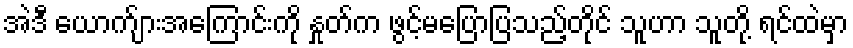
အဲဒီ ယောက်ျားအကြောင်းကို နှုတ်က ဖွင့်မပြောပြသည့်တိုင် သူဟာ သူတို့ ရင်ထဲမှာ